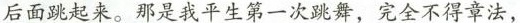
后面跳起来：那是我平生第一次跳舞，完全不得章法，